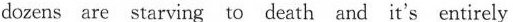
dozens are starving to death and it's entirely